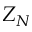
Z _ { N }